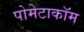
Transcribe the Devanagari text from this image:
पोमेटाकॉम